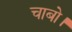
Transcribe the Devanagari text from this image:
चाबो।